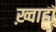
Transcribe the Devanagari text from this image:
ख़्वाहा